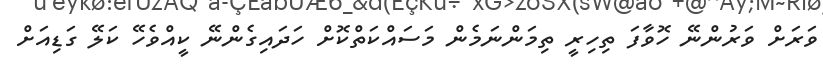
ވަރަށް ވަރުންނޭ ހޮވާފަ ތިހިރީ ތިމަންނަމެން މަސައްކަތްކޮށް ހަދައިގެންނޭ ކީއްވެހޭ ކަލޭ ގަޑިއަށް